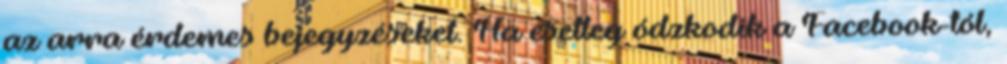
az arra érdemes bejegyzéseket. Ha esetleg ódzkodik a Facebook-tól,